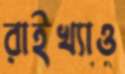
রাইখ্যাও